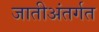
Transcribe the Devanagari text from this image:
जातीअंतर्गत